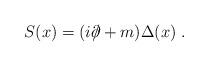
LaTeX: \begin{align*} S(x) = (i \partial \!\!\!/ + m) \Delta (x) \; .\end{align*}